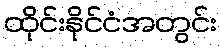
ထိုင်းနိုင်ငံအတွင်း